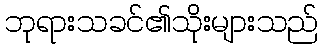
ဘုရားသခင်၏သိုးများသည်